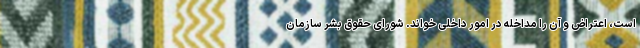
است، اعتراض و آن را مداخله در امور داخلی خواند. شورای حقوق بشر سازمان